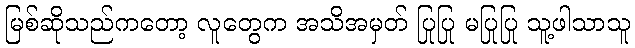
မြစ်ဆိုသည်ကတော့ လူတွေက အသိအမှတ် ပြုပြု မပြုပြု သူ့ဖါသာသူ